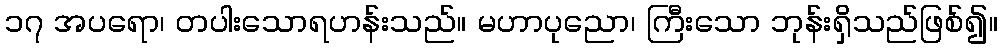
၁၇ အပရော၊ တပါးသောရဟန်းသည်။ မဟာပုညော၊ ကြီးသော ဘုန်းရှိသည်ဖြစ်၍။